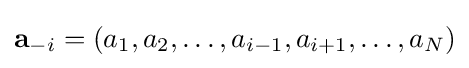
\mathbf {a} _{-i}=(a_{1},a_{2},\ldots ,a_{i-1},a_{i+1},\ldots ,a_{N})